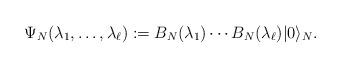
LaTeX: \begin{align*}\Psi_N(\lambda_1,\ldots,\lambda_\ell):=B_N(\lambda_1)\cdots B_N(\lambda_\ell)|0\rangle_N.\end{align*}